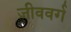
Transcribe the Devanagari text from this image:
जीववर्ग